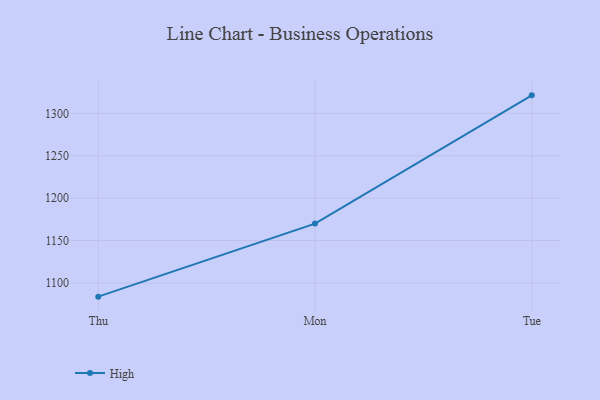
{"axis": {"x": "Day", "y": "Revenue (USD Million)"}, "legend": ["High"], "data": [{"x": "Thu", "y": 1083.9, "type": "High"}, {"x": "Mon", "y": 1170.0, "type": "High"}, {"x": "Tue", "y": 1321.2, "type": "High"}]}